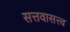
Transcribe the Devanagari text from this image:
सत्तवासत्त्व